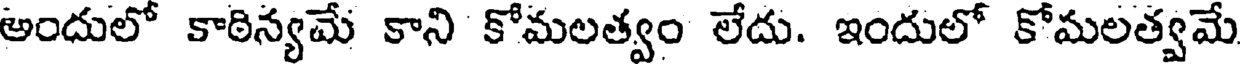
అందులో కాఠిన్యమే కాని కోమలత్వం లేదు. ఇందులో కోమలత్వమే